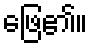
ဖြေ၏။